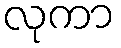
လုကာ